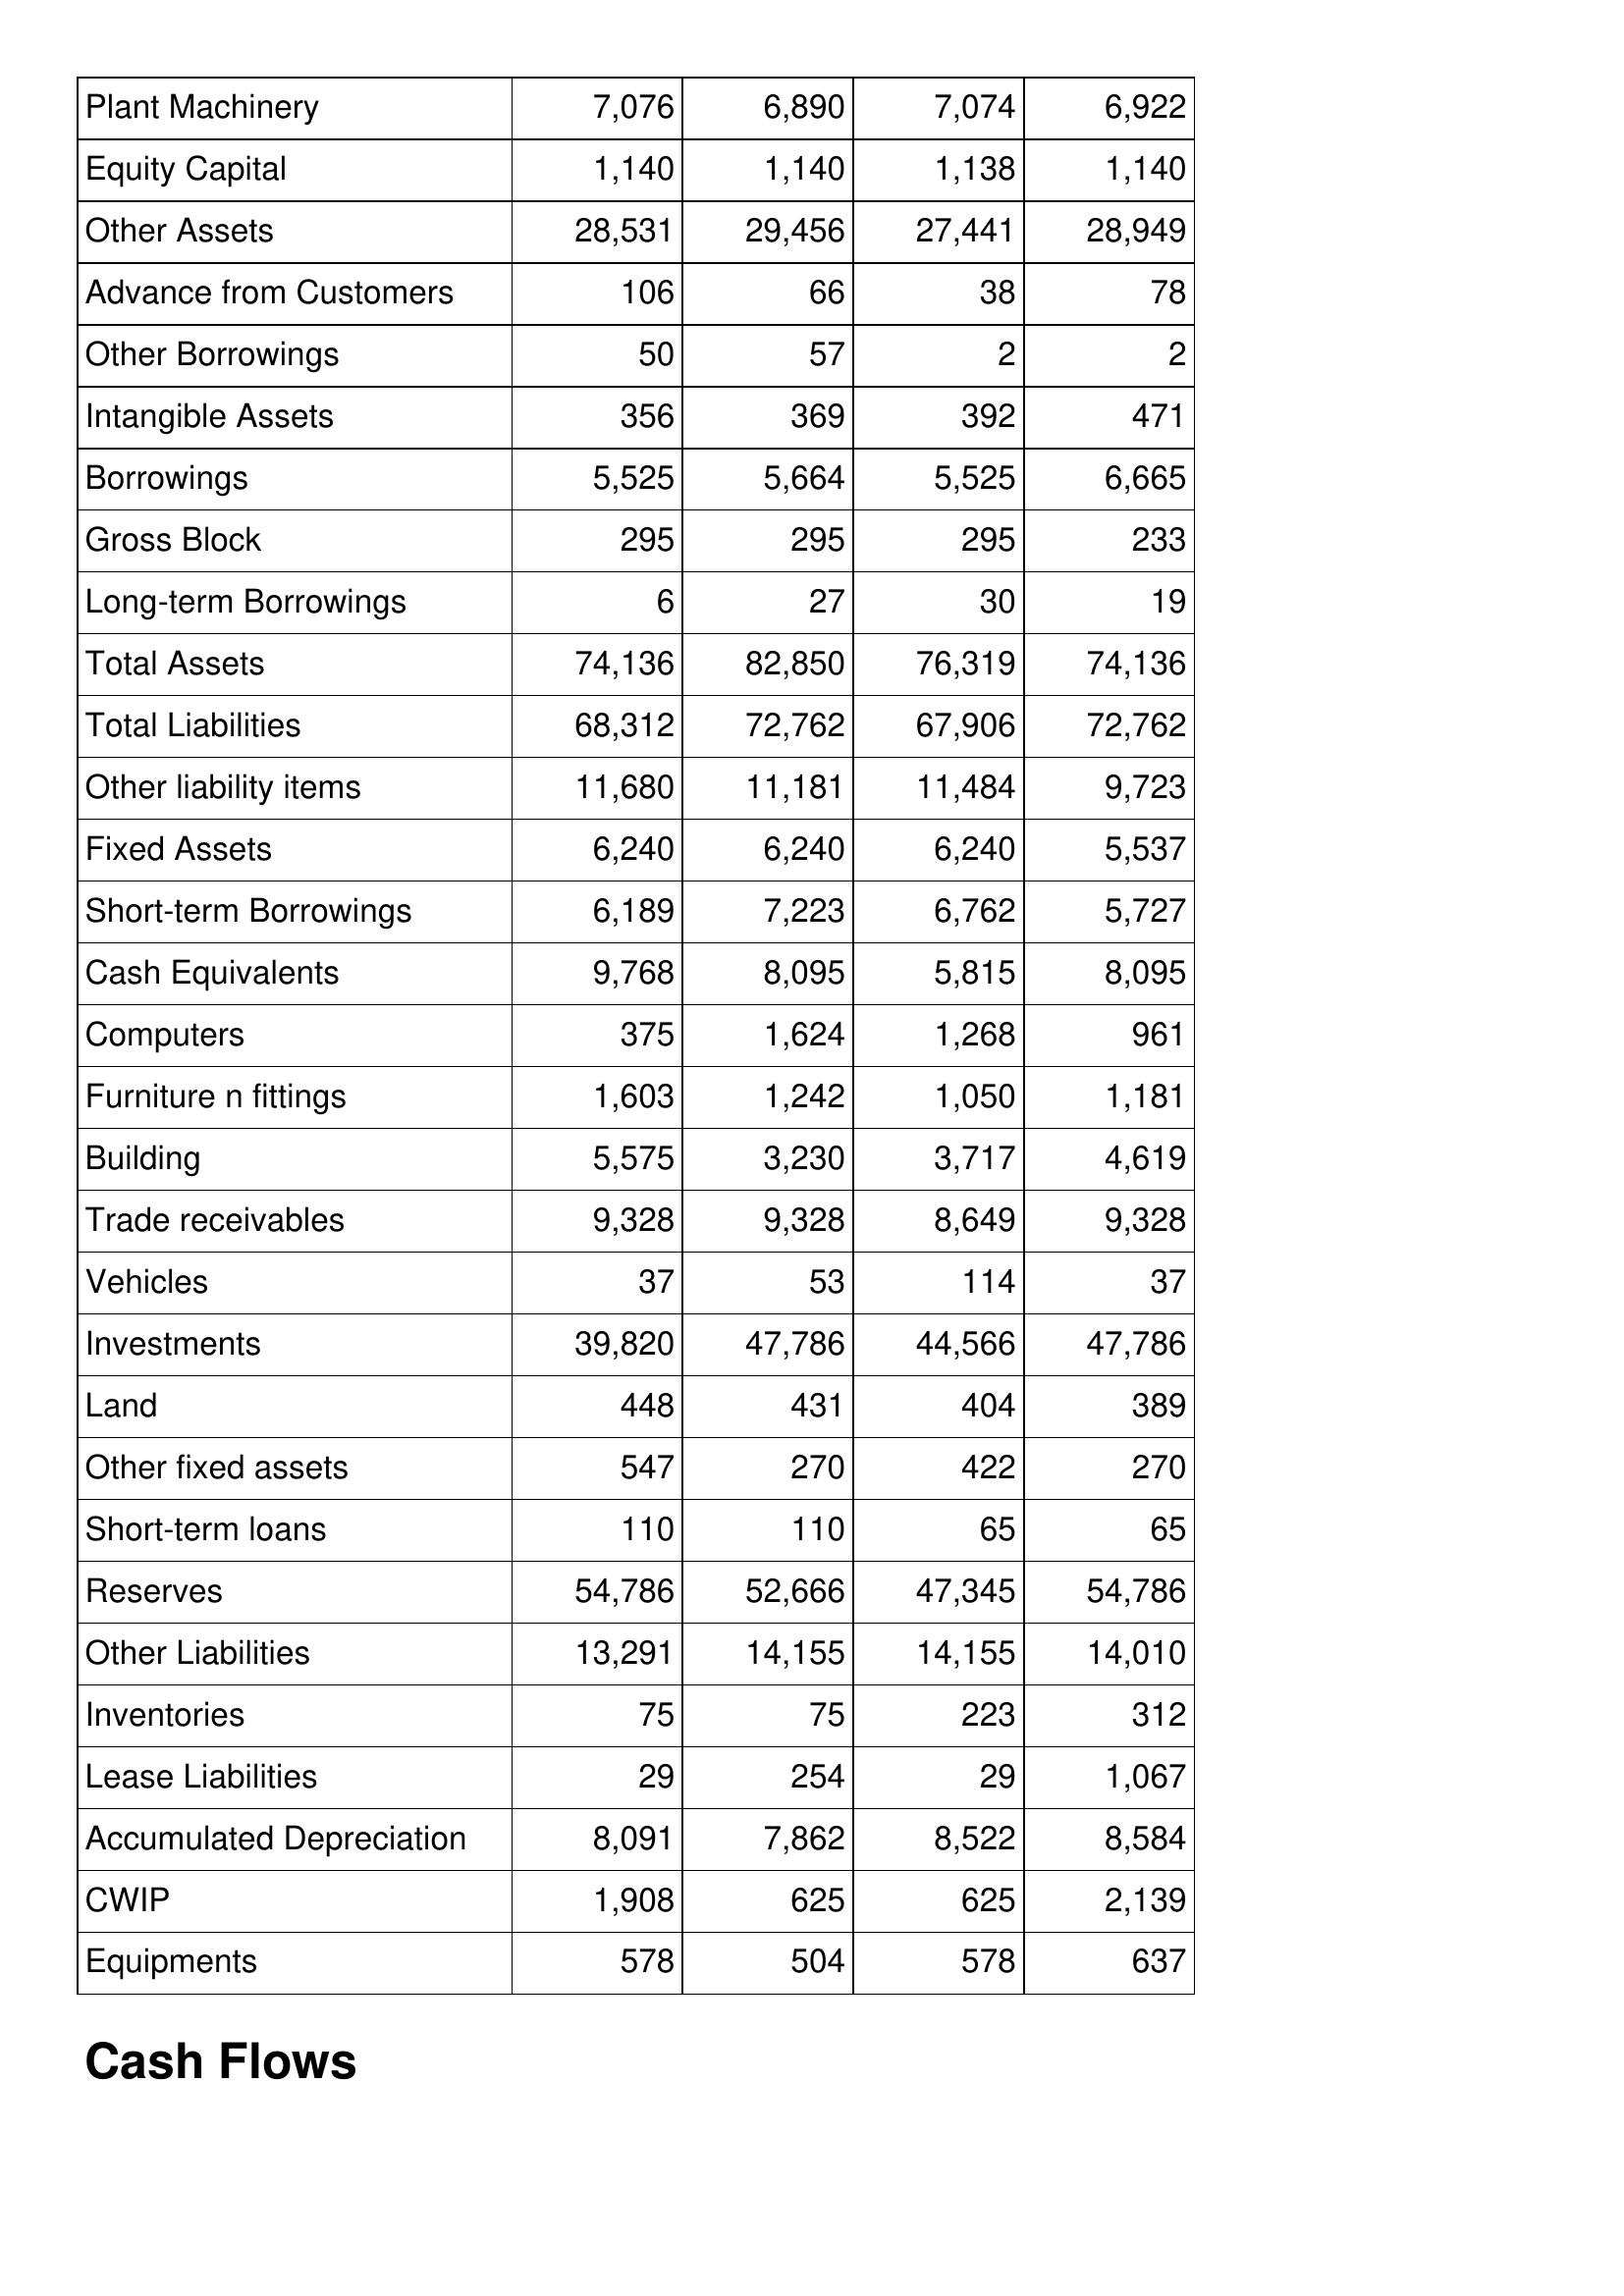
Aug-16: Balance Sheet: Plant Machinery: 7,076
Equity Capital: 1,140
Other Assets: 28,531
Advance from Customers: 106
Other Borrowings: 50
Intangible Assets: 356
Borrowings: 5,525
Gross Block: 295
Long-term Borrowings: 6
Total Assets: 74,136
Total Liabilities: 68,312
Other liability items: 11,680
Fixed Assets: 6,240
Short-term Borrowings: 6,189
Cash Equivalents: 9,768
Computers: 375
Furniture n fittings: 1,603
Building: 5,575
Trade receivables: 9,328
Vehicles: 37
Investments: 39,820
Land: 448
Other fixed assets: 547
Short-term loans: 110
Reserves: 54,786
Other Liabilities: 13,291
Inventories: 75
Lease Liabilities: 29
Accumulated Depreciation: 8,091
CWIP: 1,908
Equipments: 578
Aug-17: Balance Sheet: Plant Machinery: 6,890
Equity Capital: 1,140
Other Assets: 29,456
Advance from Customers: 66
Other Borrowings: 57
Intangible Assets: 369
Borrowings: 5,664
Gross Block: 295
Long-term Borrowings: 27
Total Assets: 82,850
Total Liabilities: 72,762
Other liability items: 11,181
Fixed Assets: 6,240
Short-term Borrowings: 7,223
Cash Equivalents: 8,095
Computers: 1,624
Furniture n fittings: 1,242
Building: 3,230
Trade receivables: 9,328
Vehicles: 53
Investments: 47,786
Land: 431
Other fixed assets: 270
Short-term loans: 110
Reserves: 52,666
Other Liabilities: 14,155
Inventories: 75
Lease Liabilities: 254
Accumulated Depreciation: 7,862
CWIP: 625
Equipments: 504
Aug-18: Balance Sheet: Plant Machinery: 7,074
Equity Capital: 1,138
Other Assets: 27,441
Advance from Customers: 38
Other Borrowings: 2
Intangible Assets: 392
Borrowings: 5,525
Gross Block: 295
Long-term Borrowings: 30
Total Assets: 76,319
Total Liabilities: 67,906
Other liability items: 11,484
Fixed Assets: 6,240
Short-term Borrowings: 6,762
Cash Equivalents: 5,815
Computers: 1,268
Furniture n fittings: 1,050
Building: 3,717
Trade receivables: 8,649
Vehicles: 114
Investments: 44,566
Land: 404
Other fixed assets: 422
Short-term loans: 65
Reserves: 47,345
Other Liabilities: 14,155
Inventories: 223
Lease Liabilities: 29
Accumulated Depreciation: 8,522
CWIP: 625
Equipments: 578
Aug-19: Balance Sheet: Plant Machinery: 6,922
Equity Capital: 1,140
Other Assets: 28,949
Advance from Customers: 78
Other Borrowings: 2
Intangible Assets: 471
Borrowings: 6,665
Gross Block: 233
Long-term Borrowings: 19
Total Assets: 74,136
Total Liabilities: 72,762
Other liability items: 9,723
Fixed Assets: 5,537
Short-term Borrowings: 5,727
Cash Equivalents: 8,095
Computers: 961
Furniture n fittings: 1,181
Building: 4,619
Trade receivables: 9,328
Vehicles: 37
Investments: 47,786
Land: 389
Other fixed assets: 270
Short-term loans: 65
Reserves: 54,786
Other Liabilities: 14,010
Inventories: 312
Lease Liabilities: 1,067
Accumulated Depreciation: 8,584
CWIP: 2,139
Equipments: 637